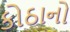
કોઠાનો